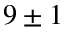
9 \pm 1